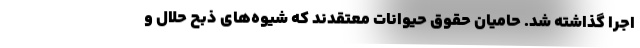
اجرا گذاشته شد. حامیان حقوق حیوانات معتقدند که شيوه‌های ذبح حلال و